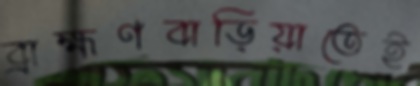
ব্রাহ্মণবাড়িয়াতেই